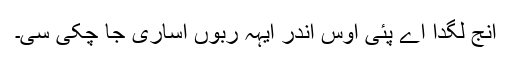
اِنج لگدا اے پئی اوس اندر ایہہ ربوں اُساری جا چُکی سی۔